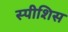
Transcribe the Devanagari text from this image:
स्पीशिस